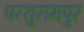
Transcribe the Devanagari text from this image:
परशुरामपुर